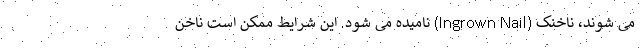
می شوند، ناخنک (Ingrown Nail) نامیده می شود. این شرایط ممکن است ناخن